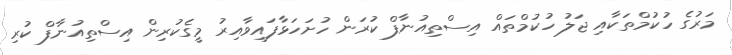
މަރުގެ ހުކުމްތަކާއި ޖަލު ހުކުމްތައް އިސްތިއުނާފް ކުރަން ހުށަހަޅާފައިވާއިރު މީގެކުރިން އިސްތިއުނާފް ކުރި